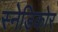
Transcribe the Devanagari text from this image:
स्नेडिकोर